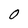
Character: O